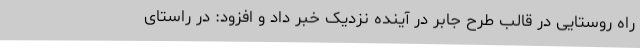
راه روستایی در قالب طرح جابر در آینده نزدیک خبر داد و افزود: در راستای